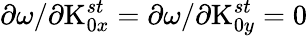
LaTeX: \partial\omega/\partial\textrm{K}_{0x}^{st}=\partial\omega/\partial\textrm{K}_{0y}^{st}=0